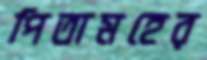
পিতামহের